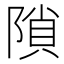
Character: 𨻈